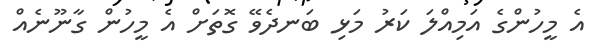
އެ މީހުންގެ އަމިއްލަ ކަރު މަޅި ބަނދެވޭ ގޮތަށް އެ މީހުން ގާނޫނެއް